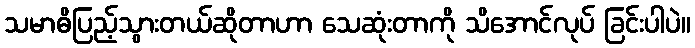
သမာဓိပြည့်သွားတယ်ဆိုတာဟာ သေဆုံးတာကို သိအောင်လုပ် ခြင်းပါပဲ။